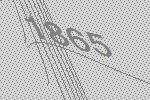
1865